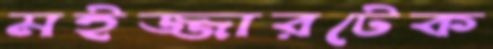
মইজ্জারটেক